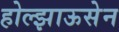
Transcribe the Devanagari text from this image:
होल्झाऊसेन